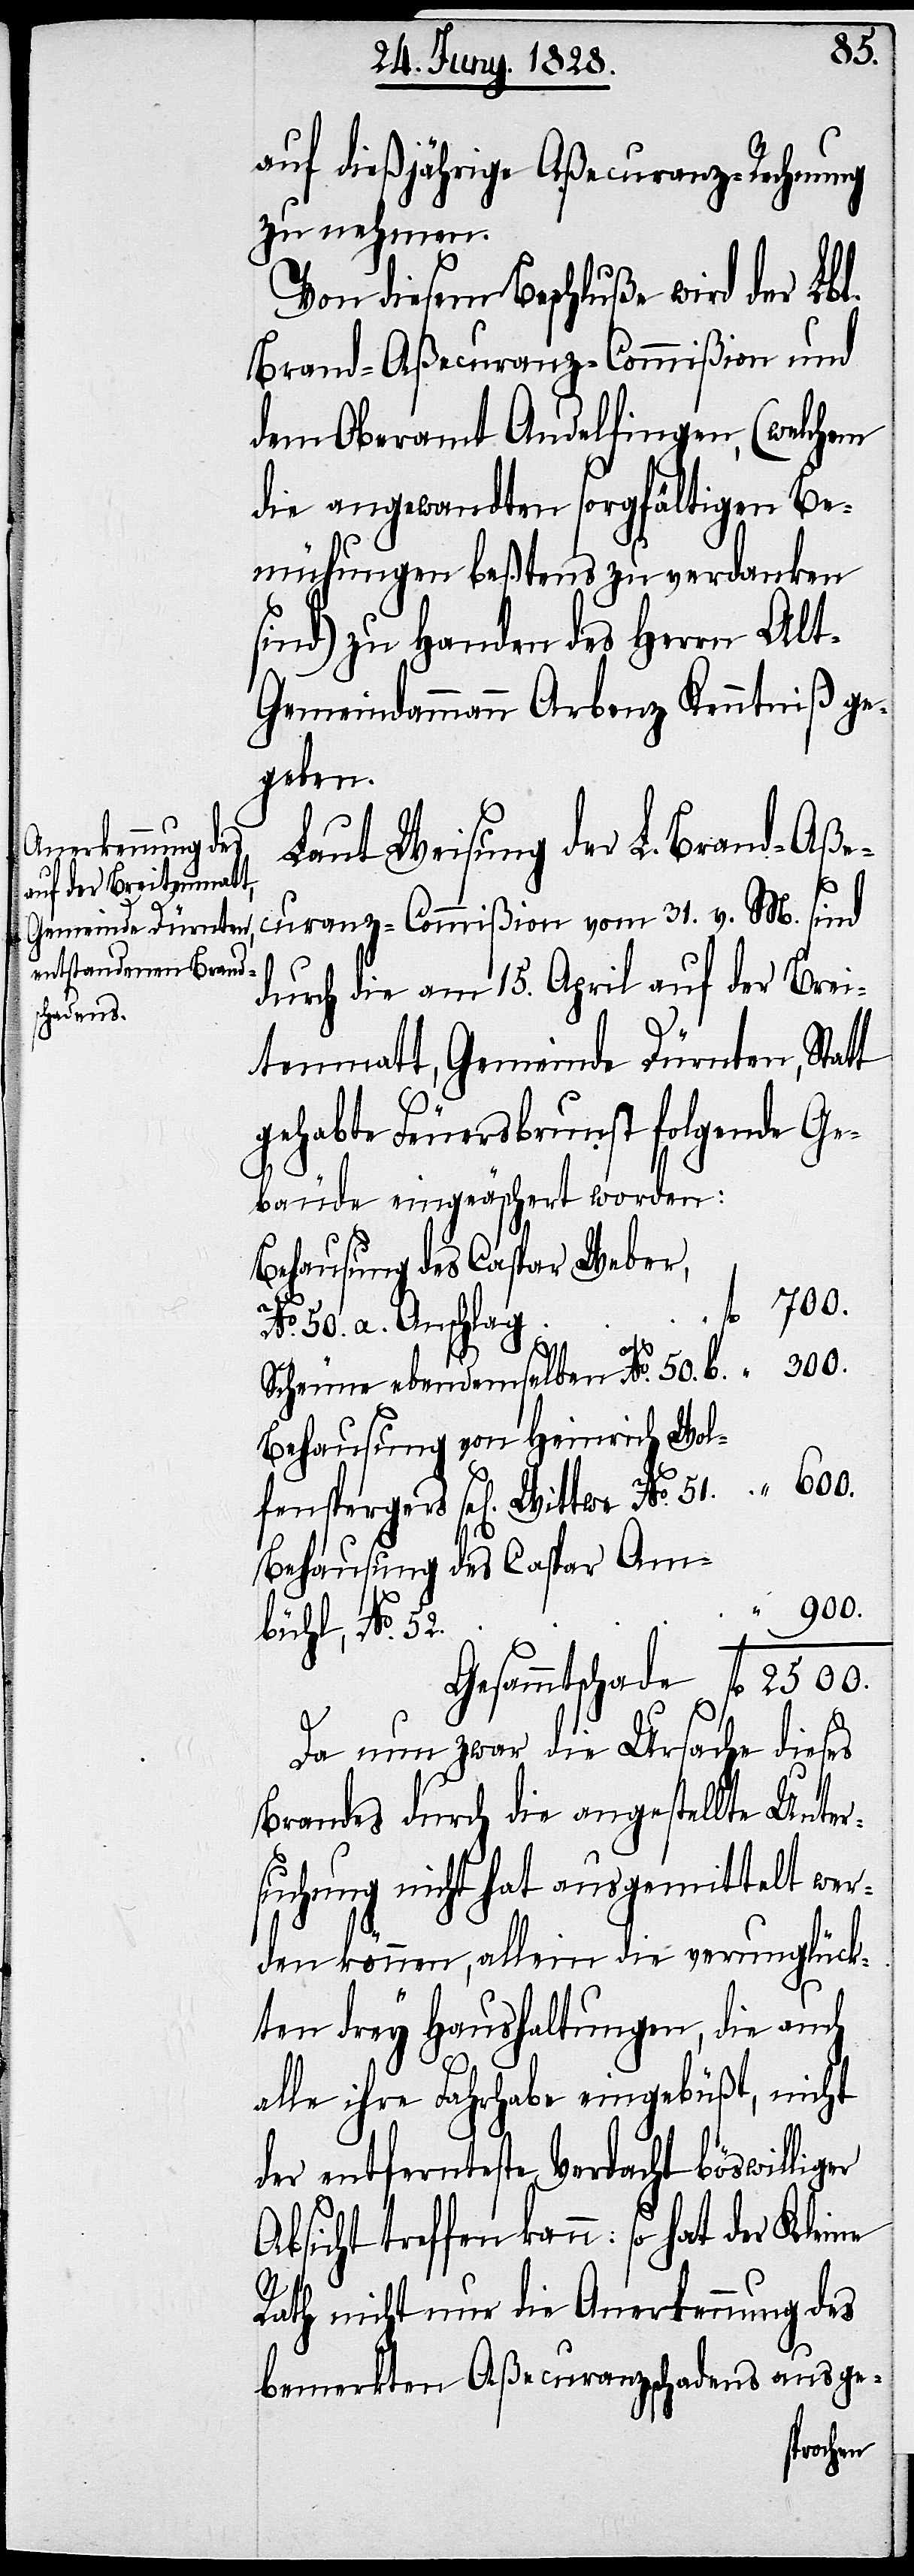
2500.
auf dießjährige Aßecuranz-Rechnung
zu nehmen.
Von diesem Beschluße wird der Lbl.
Brand-Aßecuranz-Commißion und
dem Oberamt Andelfingen, (welchem
die angewandten sorgfältigen Be¬
mühungen beßtens zu verdanken
sind) zu Handen des Herrn Alt-G¬
emeindammann Arbenz Kenntniß ge¬
geben.
Laut Weisung der L. Brand-Aße¬
curanz-Commißion vom 31. v. M. sind
durch die am 15. April auf der Brei¬
51.
tenmatt, Gemeinde Dürnten, Statt
gehabte Feuersbrunst folgende Ge¬
bäude eingeäschert worden:
Behausung des Caspar Weber,
No. 50. a. Anschlag
Scheune ebendemselben No. 50. b.
Behausung von Heinrich Wol¬
Behausung des Caspar Am¬
bühl, No. 52.
Da nun zwar die Ursache dieses
Brandes durch die angestellte Unter¬
suchung nicht hat ausgemittelt wer¬
den können, allein die verunglück¬
ten drey Haushaltungen, die auch
alle ihre Fahrhabe eingebüßt, nicht
der entfernteste Verdacht böswilliger
Absicht treffen kann: so hat der Kleine
Rath nicht nur die Anerkennung des
bemerkten Aßecuranzschadens ausge-
pergers